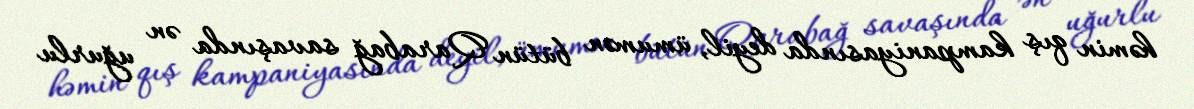
həmin qış kampaniyasında deyil, ümumən bütün Qarabağ savaşında ən uğurlu